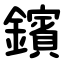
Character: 鑌